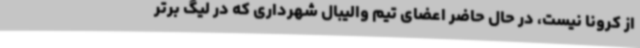
از کرونا نیست، در حال حاضر اعضای تیم والیبال شهرداری که در لیگ برتر